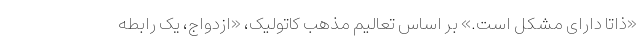
«ذاتاً دارای مشکل است.» بر اساس تعالیم مذهب کاتولیک، «ازدواج، یک رابطه